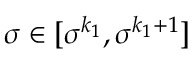
\sigma \in [ \sigma ^ { k _ { 1 } } , \sigma ^ { k _ { 1 } + 1 } ]